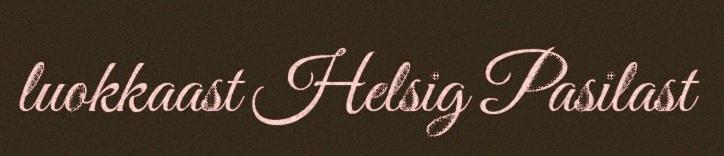
luokkaast Helsig Pasilast